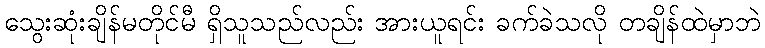
သွေးဆုံးချိန်မတိုင်မီ ရှိသူသည်လည်း အားယူရင်း ခက်ခဲသလို တချိန်ထဲမှာဘဲ